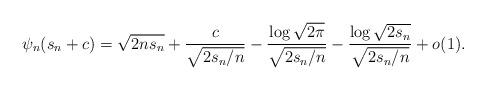
LaTeX: \begin{align*}\psi_n(s_n+c)=\sqrt{2ns_n}+\frac{c}{\sqrt{2s_n/n}}-\frac{\log \sqrt{2\pi}}{\sqrt{2s_n/n}}-\frac{\log \sqrt{2s_n}}{\sqrt{2s_n/n}}+o(1).\end{align*}